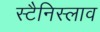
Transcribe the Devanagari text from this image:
स्टैनिस्लाव